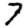
Digit: 7